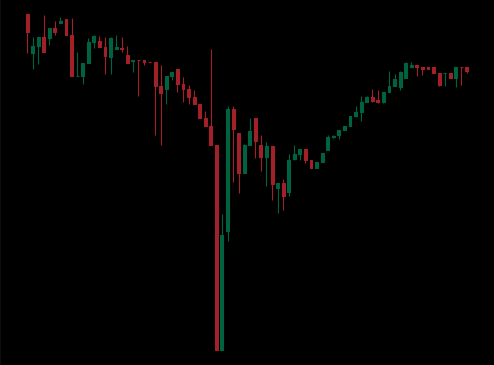
Pattern: unclassified